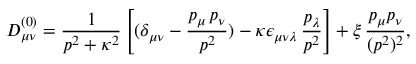
D _ { \mu \nu } ^ { ( 0 ) } = \frac { 1 } { p ^ { 2 } + \kappa ^ { 2 } } \left[ ( \delta _ { \mu \nu } - \frac { p _ { \mu } \, p _ { \nu } } { p ^ { 2 } } ) - \kappa \epsilon _ { \mu \nu \lambda } \, { \frac { p _ { \lambda } } { p ^ { 2 } } } \right] + \xi \, \frac { p _ { \mu } p _ { \nu } } { ( p ^ { 2 } ) ^ { 2 } } ,